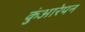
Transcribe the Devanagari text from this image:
कुंआरेपन